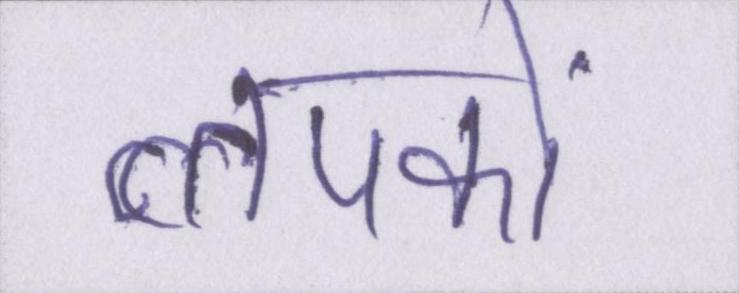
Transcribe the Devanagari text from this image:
लपकाें